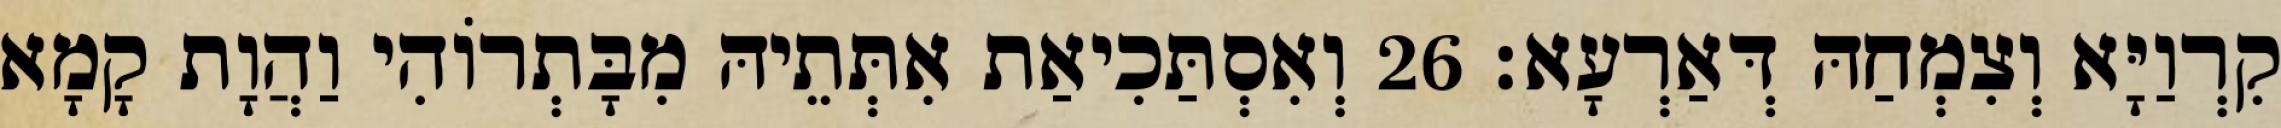
קִרְוַיָּא וְצִמְחַהּ דְּאַרְעָא׃ 26 וְאִסְתַּכִיאַת אִתְּתֵיהּ מִבָּתְרוֹהִי וַהֲוָת קָמָא